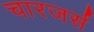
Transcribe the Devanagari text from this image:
चारजर्स